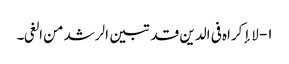
۱- لا إکراہ فی الدین قد تبین الرشد من الغی۔